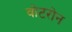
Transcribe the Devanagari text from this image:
वोटरोन